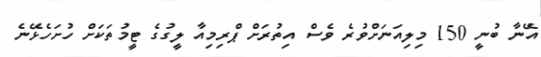
އޭނާ ބުނީ 150 މިލިއަނަށްވުރެ ވެސް އިތުރަށް ޕްރިމިއާ ލީގުގެ ޓީމުތަކަށް ހުށަހެޅޭނެ